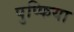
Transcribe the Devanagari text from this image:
पुप्फिया